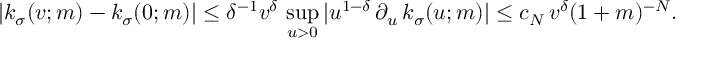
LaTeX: | k _ { \sigma } ( v ; m ) - k _ { \sigma } ( 0 ; m ) | \leq \delta ^ { - 1 } v ^ { \delta } \, \operatorname * { s u p } _ { u > 0 } | u ^ { 1 - \delta } \, \partial _ { u } \, k _ { \sigma } ( u ; m ) | \leq c _ { N } \, v ^ { \delta } ( 1 + m ) ^ { - N } .